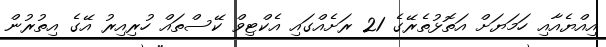
އިއްޔެއާއި ހަމަޔަށް އަތޮޅުތެރޭގެ 21 ރަށެއްގައި އެކްޓިވް ކޭސްތައް ހުރިއިރު އޭގެ އިތުރުން